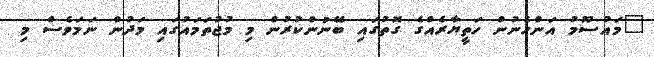
"މައުސޫމު އަންހެނުން ހަތީޔާރެއްގެ ގޮތުގައި ބޭނުންކުރުން މި މުޖުތަމައުގައި މަދުން ނަމަވެސް މި